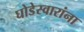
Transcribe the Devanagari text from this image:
घोडेस्वारांना